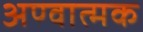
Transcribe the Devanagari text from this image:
अण्वात्मक